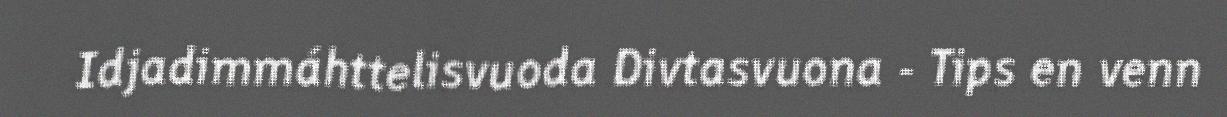
Idjadimmáhttelisvuoda Divtasvuona - Tips en venn